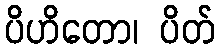
ပိဟိတော၊ ပိတ်